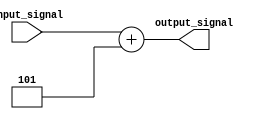
module GenerateFunction (
    input [7:0] input_signal,
    output reg [7:0] output_signal
);

always @(*) begin
    output_signal = input_signal + 5; // example mathematical function
end

endmodule